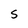
Character: S